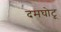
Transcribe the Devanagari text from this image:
दमघोटू